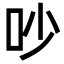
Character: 吵